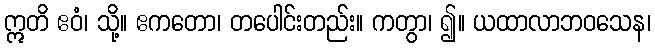
ဣတိ ဧဝံ၊ သို့။ ဧကတော၊ တပေါင်းတည်း။ ကတွာ၊ ၍။ ယထာလာဘဝသေန၊